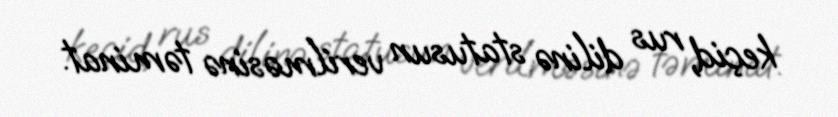
keçid, rus dilinə statusun verilməsinə təminat.